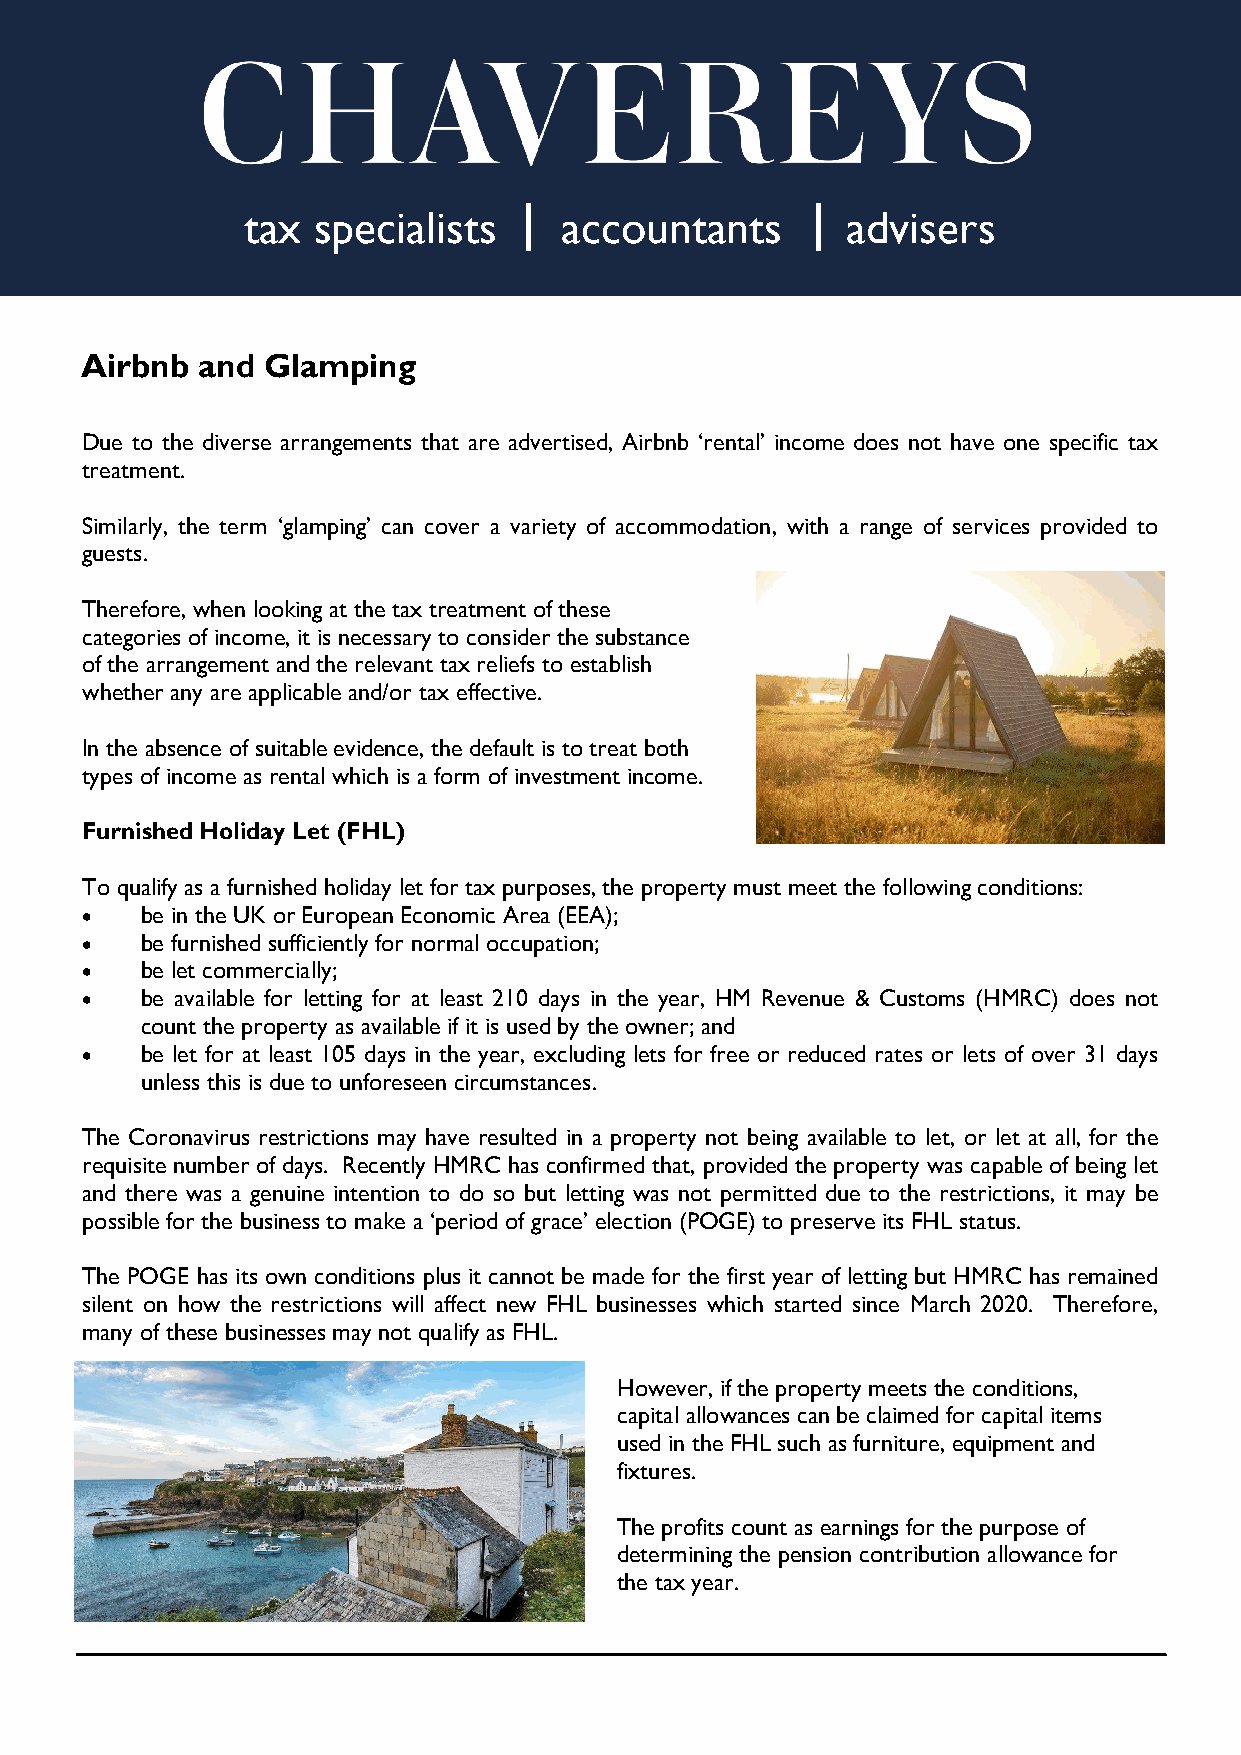
tax  specialists     accountants        advisers
 Airbnb  and Glamping
 Due to the diverse arrangements that are advertised, Airbnb ‘rental’ income does not have one specific tax
 treatment.
 Similarly, the term ‘glamping’ can cover a variety of accommodation, with a range of services provided to
 guests.
 Therefore, when looking at the tax treatment of these
 categories of income, it is necessary to consider the substance
 of the arrangement and the relevant tax reliefs to establish
 whether any are applicable and/or tax effective.
 In the absence of suitable evidence, the default is to treat both
 types of income as rental which is a form of investment income.
 Furnished Holiday Let (FHL)
 To qualify as a furnished holiday let for tax purposes, the property must meet the following conditions:
 •   be in the UK or European Economic Area (EEA);
 •   be furnished sufficiently for normal occupation;
 •   be let commercially;
 •   be available for letting for at least 210 days in the year, HM Revenue & Customs (HMRC) does not
 count the property as available if it is used by the owner; and
 •   be let for at least 105 days in the year, excluding lets for free or reduced rates or lets of over 31 days
 unless this is due to unforeseen circumstances.
 The Coronavirus restrictions may have resulted in a property not being available to let, or let at all, for the
 requisite number of days. Recently HMRC has confirmed that, provided the property was capable of being let
 and there was a genuine intention to do so but letting was not permitted due to the restrictions, it may be
 possible for the business to make a ‘period of grace’ election (POGE) to preserve its FHL status.
 The POGE has its own conditions plus it cannot be made for the first year of letting but HMRC has remained
 silent on how the restrictions will affect new FHL businesses which started since March 2020. Therefore,
 many of these businesses may not qualify as FHL.
 However, if the property meets the conditions,
 capital allowances can be claimed for capital items
 used in the FHL such as furniture, equipment and
 fixtures.
 The profits count as earnings for the purpose of
 determining the pension contribution allowance for
 the tax year.